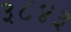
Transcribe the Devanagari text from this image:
३८४३